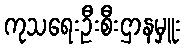
ကုသရေးဦးစီးဌာနမှူး